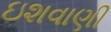
ઇશવાણી